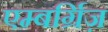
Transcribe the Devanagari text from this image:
एम्बर्ग्रिज़